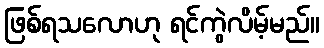
ဖြစ်ရသလောဟု ရင်ကွဲလိမ့်မည်။